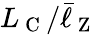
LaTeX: L_{\mathrm{~C~}}/\bar{\ell}_{\mathrm{~Z~}}